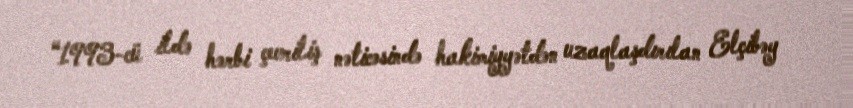
“1993-cü ildə hərbi çevriliş nəticəsində hakimiyyətdən uzaqlaşdırılan Elçibəy